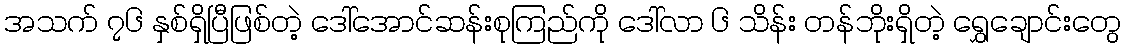
အသက် ၇၆ နှစ်ရှိပြီဖြစ်တဲ့ ဒေါ်အောင်ဆန်းစုကြည်ကို ဒေါ်လာ ၆ သိန်း တန်ဘိုးရှိတဲ့ ရွှေချောင်းတွေ